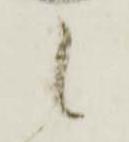
候